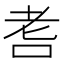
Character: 㖈